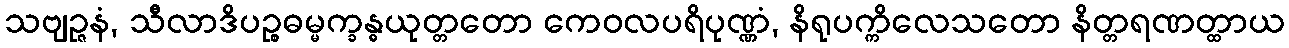
သဗျဉ္ဇနံ, သီလာဒိပဉ္စဓမ္မက္ခန္ဓယုတ္တတော ကေဝလပရိပုဏ္ဏံ, နိရုပက္ကိလေသတော နိတ္တရဏတ္ထာယ